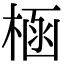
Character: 㮀